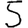
Digit: 5